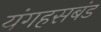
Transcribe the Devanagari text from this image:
यंगहसबंड